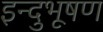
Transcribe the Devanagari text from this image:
इन्दुभूषण